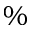
\%